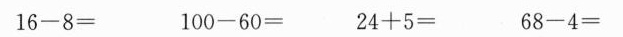
$$1 6 - 8 =$$ $$1 0 0 - 6 0 =$$ $$2 4 + 5 =$$ $$6 8 - 4 =$$